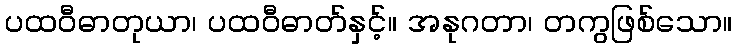
ပထဝီဓာတုယာ၊ ပထဝီဓာတ်နှင့်။ အနုဂတာ၊ တကွဖြစ်သော။